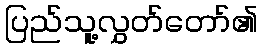
ပြည်သူ့လွှတ်တော်၏